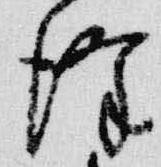
降